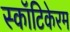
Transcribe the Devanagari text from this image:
स्कॉटिकेरम